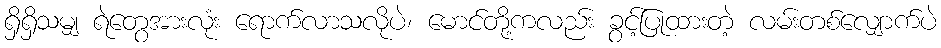
ရှိရှိသမျှ ရဲတွေအားလုံး ရောက်လာသလိုပဲ၊ မောင်တို့ကလည်း ခွင့်ပြုထားတဲ့ လမ်းတစ်လျှောက်ပဲ